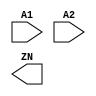
module AND2_X1_HVT(A1, A2, ZN);
  input A1;
  input A2;
  output ZN;
endmodule

module AND2_X2_HVT(A1, A2, ZN);
  input A1;
  input A2;
  output ZN;
endmodule

module AND2_X4_HVT(A1, A2, ZN);
  input A1;
  input A2;
  output ZN;
endmodule

module AND3_X1_HVT(A1, A2, A3, ZN);
  input A1;
  input A2;
  input A3;
  output ZN;
endmodule

module AND3_X2_HVT(A1, A2, A3, ZN);
  input A1;
  input A2;
  input A3;
  output ZN;
endmodule

module AND3_X4_HVT(A1, A2, A3, ZN);
  input A1;
  input A2;
  input A3;
  output ZN;
endmodule

module AND4_X1_HVT(A1, A2, A3, A4,ZN);
  input A1;
  input A2;
  input A3;
  input A4;
  output ZN;
endmodule

module AND4_X2_HVT(A1, A2, A3, A4,ZN);
  input A1;
  input A2;
  input A3;
  input A4;
  output ZN;
endmodule

module AND4_X4_HVT(A1, A2, A3, A4,ZN);
  input A1;
  input A2;
  input A3;
  input A4;
  output ZN;
endmodule

module ANTENNA_X1_HVT(A);
  input A;
endmodule

module AOI211_X1_HVT(A, B, C1, C2,ZN);
  input A;
  input B;
  input C1;
  input C2;
  output ZN;
endmodule

module AOI211_X2_HVT(A, B, C1, C2,ZN);
  input A;
  input B;
  input C1;
  input C2;
  output ZN;
endmodule

module AOI211_X4_HVT(A, B, C1, C2,ZN);
  input A;
  input B;
  input C1;
  input C2;
  output ZN;
endmodule

module AOI21_X1_HVT(A, B1, B2, ZN);
  input A;
  input B1;
  input B2;
  output ZN;
endmodule

module AOI21_X2_HVT(A, B1, B2, ZN);
  input A;
  input B1;
  input B2;
  output ZN;
endmodule

module AOI21_X4_HVT(A, B1, B2, ZN);
  input A;
  input B1;
  input B2;
  output ZN;
endmodule

module AOI221_X1_HVT(A, B1, B2, C1,C2, ZN);
  input A;
  input B1;
  input B2;
  input C1;
  input C2;
  output ZN;
endmodule

module AOI221_X2_HVT(A, B1, B2, C1,C2, ZN);
  input A;
  input B1;
  input B2;
  input C1;
  input C2;
  output ZN;
endmodule

module AOI221_X4_HVT(A, B1, B2, C1,C2, ZN);
  input A;
  input B1;
  input B2;
  input C1;
  input C2;
  output ZN;
endmodule

module AOI222_X1_HVT(A1, A2, B1, B2,C1, C2, ZN);
  input A1;
  input A2;
  input B1;
  input B2;
  input C1;
  input C2;
  output ZN;
endmodule

module AOI222_X2_HVT(A1, A2, B1, B2,C1, C2, ZN);
  input A1;
  input A2;
  input B1;
  input B2;
  input C1;
  input C2;
  output ZN;
endmodule

module AOI222_X4_HVT(A1, A2, B1, B2,C1, C2, ZN);
  input A1;
  input A2;
  input B1;
  input B2;
  input C1;
  input C2;
  output ZN;
endmodule

module AOI22_X1_HVT(A1, A2, B1, B2,ZN);
  input A1;
  input A2;
  input B1;
  input B2;
  output ZN;
endmodule

module AOI22_X2_HVT(A1, A2, B1, B2,ZN);
  input A1;
  input A2;
  input B1;
  input B2;
  output ZN;
endmodule

module AOI22_X4_HVT(A1, A2, B1, B2,ZN);
  input A1;
  input A2;
  input B1;
  input B2;
  output ZN;
endmodule

module BUF_X16_HVT(A, Z);
  input A;
  output Z;
endmodule

module BUF_X1_HVT(A, Z);
  input A;
  output Z;
endmodule

module BUF_X2_HVT(A, Z);
  input A;
  output Z;
endmodule

module BUF_X32_HVT(A, Z);
  input A;
  output Z;
endmodule

module BUF_X4_HVT(A, Z);
  input A;
  output Z;
endmodule

module BUF_X8_HVT(A, Z);
  input A;
  output Z;
endmodule

module CLKBUF_X1_HVT(A, Z);
  input A;
  output Z;
endmodule

module CLKBUF_X2_HVT(A, Z);
  input A;
  output Z;
endmodule

module CLKBUF_X3_HVT(A, Z);
  input A;
  output Z;
endmodule

/* module "CLKGATETST_X1_HVT_$_IQ"(CK, E, SE, IQ);
 *   input CK;
 *   input E;
 *   input SE;
 *   output IQ;
 * endmodule */

module CLKGATETST_X1_HVT(CK, E, GCK, SE);
    input CK;
    input E;
    input SE;
    output GCK;
endmodule

/* module "CLKGATETST_X2_HVT_$_IQ"(CK, E, SE, IQ);
 *   input CK;
 *   input E;
 *   input SE;
 *   output IQ;
 * endmodule */

module CLKGATETST_X2_HVT(CK, E, GCK, SE);
    input CK;
    input E;
    input SE;
    output GCK;
endmodule

/* module "CLKGATETST_X4_HVT_$_IQ"(CK, E, SE, IQ);
 *   input CK;
 *   input E;
 *   input SE;
 *   output IQ;
 * endmodule */

module CLKGATETST_X4_HVT(CK, E, GCK, SE);
    input CK;
    input E;
    input SE;
    output GCK;
endmodule

/* module "CLKGATETST_X8_HVT_$_IQ"(CK, E, SE, IQ);
 *   input CK;
 *   input E;
 *   input SE;
 *   output IQ;
 * endmodule */

module CLKGATETST_X8_HVT(CK, E, GCK, SE);
    input CK;
    input E;
    input SE;
    output GCK;
endmodule

/* module "CLKGATE_X1_HVT_$_IQ"(CK, E, IQ);
 *     input CK;
 *     input E;
 *     output IQ;
 * endmodule */

module CLKGATE_X1_HVT(CK, E, GCK);
  input CK;
  input E;
  output GCK;
endmodule

/* module "CLKGATE_X2_HVT_$_IQ"(CK, E, IQ);
 *     input CK;
 *     input E;
 *     output IQ;
 * endmodule */

module CLKGATE_X2_HVT(CK, E, GCK);
  input CK;
  input E;
  output GCK;
endmodule

/* module "CLKGATE_X4_HVT_$_IQ"(CK, E, IQ);
 *     input CK;
 *     input E;
 *     output IQ;
 * endmodule */

module CLKGATE_X4_HVT(CK, E, GCK);
  input CK;
  input E;
  output GCK;
endmodule

/* module "CLKGATE_X8_HVT_$_IQ"(CK, E, IQ);
 *     input CK;
 *     input E;
 *     output IQ;
 * endmodule */

module CLKGATE_X8_HVT(CK, E, GCK);
  input CK;
  input E;
  output GCK;
endmodule

module DFFRS_X1_HVT(CK, D, Q, QN,RN, SN);
  input CK;
  input D;
  input RN;
  input SN;
  output Q;
  output QN;
endmodule

module DFFRS_X2_HVT(CK, D, Q, QN,RN, SN);
  input CK;
  input D;
  input RN;
  input SN;
  output Q;
  output QN;
endmodule

module DFFR_X1_HVT(CK, D, Q, QN,RN);
  input CK;
  input D;
  input RN;
  output Q;
  output QN;
endmodule

module DFFR_X2_HVT(CK, D, Q, QN,RN);
  input CK;
  input D;
  input RN;
  output Q;
  output QN;
endmodule

module DFFS_X1_HVT(CK, D, Q, QN, SN);
  input CK;
  input D;
  input SN;
  output Q;
  output QN;
endmodule

module DFFS_X2_HVT(CK, D, Q, QN, SN);
  input CK;
  input D;
  input SN;
  output Q;
  output QN;
endmodule

module DFF_X1_HVT(CK, D, Q, QN);
  input CK;
  input D;
  output Q;
  output QN;
endmodule

module DFF_X2_HVT(CK, D, Q, QN);
  input CK;
  input D;
  output Q;
  output QN;
endmodule

module DLH_X1_HVT(D, G, Q);
  input D;
  input G;
  output Q;
endmodule

module DLH_X2_HVT(D, G, Q);
  input D;
  input G;
  output Q;
endmodule

module DLL_X1_HVT(D, GN, Q);
  input D;
  input GN;
  output Q;
endmodule

module DLL_X2_HVT(D, GN, Q);
  input D;
  input GN;
  output Q;
endmodule

module FA_X1_HVT(A, B, CI, CO,S);
  input A;
  input B;
  input CI;
  output CO;
  output S;
endmodule

module FILLCELL_X16_HVT();
endmodule

module FILLCELL_X1_HVT( );
endmodule

module FILLCELL_X2_HVT( );
endmodule

module FILLCELL_X32_HVT( );
endmodule

module FILLCELL_X4_HVT( );
endmodule

module FILLCELL_X8_HVT( );
endmodule

module HA_X1_HVT(A, B, CO, S);
  input A;
  input B;
  output CO;
  output S;
endmodule

module INV_X16_HVT(A, ZN);
  input A;
  output ZN;
endmodule

module INV_X1_HVT(A, ZN);
  input A;
  output ZN;
endmodule

module INV_X2_HVT(A, ZN);
  input A;
  output ZN;
endmodule

module INV_X32_HVT(A, ZN);
  input A;
  output ZN;
endmodule

module INV_X4_HVT(A, ZN);
  input A;
  output ZN;
endmodule

module INV_X8_HVT(A, ZN);
  input A;
  output ZN;
endmodule

module LOGIC0_X1_HVT(Z);
  output Z;
endmodule

module LOGIC1_X1_HVT(Z);
  output Z;
endmodule

module MUX2_X1_HVT(A, B, S, Z);
  input A;
  input B;
  input S;
  output Z;
endmodule

module MUX2_X2_HVT(A, B, S, Z);
  input A;
  input B;
  input S;
  output Z;
endmodule

module NAND2_X1_HVT(A1, A2, ZN);
  input A1;
  input A2;
  output ZN;
endmodule

module NAND2_X2_HVT(A1, A2, ZN);
  input A1;
  input A2;
  output ZN;
endmodule

module NAND2_X4_HVT(A1, A2, ZN);
  input A1;
  input A2;
  output ZN;
endmodule

module NAND3_X1_HVT(A1, A2, A3, ZN);
  input A1;
  input A2;
  input A3;
  output ZN;
endmodule

module NAND3_X2_HVT(A1, A2, A3, ZN);
  input A1;
  input A2;
  input A3;
  output ZN;
endmodule

module NAND3_X4_HVT(A1, A2, A3, ZN);
  input A1;
  input A2;
  input A3;
  output ZN;
endmodule

module NAND4_X1_HVT(A1, A2, A3, A4,ZN);
  input A1;
  input A2;
  input A3;
  input A4;
  output ZN;
endmodule

module NAND4_X2_HVT(A1, A2, A3, A4,ZN);
  input A1;
  input A2;
  input A3;
  input A4;
  output ZN;
endmodule

module NAND4_X4_HVT(A1, A2, A3, A4,ZN);
  input A1;
  input A2;
  input A3;
  input A4;
  output ZN;
endmodule

module NOR2_X1_HVT(A1, A2, ZN);
  input A1;
  input A2;
  output ZN;
endmodule

module NOR2_X2_HVT(A1, A2, ZN);
  input A1;
  input A2;
  output ZN;
endmodule

module NOR2_X4_HVT(A1, A2, ZN);
  input A1;
  input A2;
  output ZN;
endmodule

module NOR3_X1_HVT(A1, A2, A3, ZN);
  input A1;
  input A2;
  input A3;
  output ZN;
endmodule

module NOR3_X2_HVT(A1, A2, A3, ZN);
  input A1;
  input A2;
  input A3;
  output ZN;
endmodule

module NOR3_X4_HVT(A1, A2, A3, ZN);
  input A1;
  input A2;
  input A3;
  output ZN;
endmodule

module NOR4_X1_HVT(A1, A2, A3, A4,ZN);
  input A1;
  input A2;
  input A3;
  input A4;
  output ZN;
endmodule

module NOR4_X2_HVT(A1, A2, A3, A4,ZN);
  input A1;
  input A2;
  input A3;
  input A4;
  output ZN;
endmodule

module NOR4_X4_HVT(A1, A2, A3, A4, ZN);
  input A1;
  input A2;
  input A3;
  input A4;
  output ZN;
endmodule

module OAI211_X1_HVT(A, B, C1, C2, ZN);
  input A;
  input B;
  input C1;
  input C2;
  output ZN;
endmodule

module OAI211_X2_HVT(A, B, C1, C2, ZN);
  input A;
  input B;
  input C1;
  input C2;
  output ZN;
endmodule

module OAI211_X4_HVT(A, B, C1, C2, ZN);
  input A;
  input B;
  input C1;
  input C2;
  output ZN;
endmodule

module OAI21_X1_HVT(A, B1, B2, ZN);
  input A;
  input B1;
  input B2;
  output ZN;
endmodule

module OAI21_X2_HVT(A, B1, B2, ZN);
  input A;
  input B1;
  input B2;
  output ZN;
endmodule

module OAI21_X4_HVT(A, B1, B2, ZN);
  input A;
  input B1;
  input B2;
  output ZN;
endmodule

module OAI221_X1_HVT(A, B1, B2, C1,C2, ZN);
  input A;
  input B1;
  input B2;
  input C1;
  input C2;
  output ZN;
endmodule

module OAI221_X2_HVT(A, B1, B2, C1,C2, ZN);
  input A;
  input B1;
  input B2;
  input C1;
  input C2;
  output ZN;
endmodule

module OAI221_X4_HVT(A, B1, B2, C1,C2, ZN);
  input A;
  input B1;
  input B2;
  input C1;
  input C2;
  output ZN;
endmodule

module OAI222_X1_HVT(A1, A2, B1, B2,C1, C2, ZN);
  input A1;
  input A2;
  input B1;
  input B2;
  input C1;
  input C2;
  output ZN;
endmodule

module OAI222_X2_HVT(A1, A2, B1, B2,C1, C2, ZN);
  input A1;
  input A2;
  input B1;
  input B2;
  input C1;
  input C2;
  output ZN;
endmodule

module OAI222_X4_HVT(A1, A2, B1, B2,C1, C2, ZN);
  input A1;
  input A2;
  input B1;
  input B2;
  input C1;
  input C2;
  output ZN;
endmodule

module OAI22_X1_HVT(A1, A2, B1, B2,ZN);
  input A1;
  input A2;
  input B1;
  input B2;
  output ZN;
endmodule

module OAI22_X2_HVT(A1, A2, B1, B2,ZN);
  input A1;
  input A2;
  input B1;
  input B2;
  output ZN;
endmodule

module OAI22_X4_HVT(A1, A2, B1, B2,ZN);
  input A1;
  input A2;
  input B1;
  input B2;
  output ZN;
endmodule

module OAI33_X1_HVT(A1, A2, A3, B1,B2, B3, ZN);
  input A1;
  input A2;
  input A3;
  input B1;
  input B2;
  input B3;
  output ZN;
endmodule

module OR2_X1_HVT(A1, A2, ZN);
  input A1;
  input A2;
  output ZN;
endmodule

module OR2_X2_HVT(A1, A2, ZN);
  input A1;
  input A2;
  output ZN;
endmodule

module OR2_X4_HVT(A1, A2, ZN);
  input A1;
  input A2;
  output ZN;
endmodule

module OR3_X1_HVT(A1, A2, A3, ZN);
  input A1;
  input A2;
  input A3;
  output ZN;
endmodule

module OR3_X2_HVT(A1, A2, A3, ZN);
  input A1;
  input A2;
  input A3;
  output ZN;
endmodule

module OR3_X4_HVT(A1, A2, A3, ZN);
  input A1;
  input A2;
  input A3;
  output ZN;
endmodule

module OR4_X1_HVT(A1, A2, A3, A4, ZN);
  input A1;
  input A2;
  input A3;
  input A4;
  output ZN;
endmodule

module OR4_X2_HVT(A1, A2, A3, A4, ZN);
  input A1;
  input A2;
  input A3;
  input A4;
  output ZN;
endmodule

module OR4_X4_HVT(A1, A2, A3, A4, ZN);
  input A1;
  input A2;
  input A3;
  input A4;
  output ZN;
endmodule

module SDFFRS_X1_HVT(CK, D, Q, QN,RN, SE, SI, SN);
  input CK;
  input D;
  input RN;
  input SE;
  input SI;
  input SN;
  output Q;
  output QN;
endmodule

module SDFFRS_X2_HVT(CK, D, Q, QN,RN, SE, SI, SN);
  input CK;
  input D;
  input RN;
  input SE;
  input SI;
  input SN;
  output Q;
  output QN;
endmodule

module SDFFR_X1_HVT(CK, D, Q, QN,RN, SE, SI);
  input CK;
  input D;
  input RN;
  input SE;
  input SI;
  output Q;
  output QN;
endmodule

module SDFFR_X2_HVT(CK, D, Q, QN,RN, SE, SI);
  input CK;
  input D;
  input RN;
  input SE;
  input SI;
  output Q;
  output QN;
endmodule

module SDFFS_X1_HVT(CK, D, Q, QN, SE, SI, SN);
  input CK;
  input D;
  input SE;
  input SI;
  input SN;
  output Q;
  output QN;
endmodule

module SDFFS_X2_HVT(CK, D, Q, QN, SE, SI, SN);
  input CK;
  input D;
  input SE;
  input SI;
  input SN;
  output Q;
  output QN;
endmodule

module SDFF_X1_HVT(CK, D, Q, QN,SE, SI);
  input CK;
  input D;
  input SE;
  input SI;
  output Q;
  output QN;
endmodule

module SDFF_X2_HVT(CK, D, Q, QN,SE, SI);
  input CK;
  input D;
  input SE;
  input SI;
  output Q;
  output QN;
endmodule

module TBUF_X16_HVT(A, EN, Z);
  input A;
  input EN;
  output Z;
endmodule

module TBUF_X1_HVT(A, EN, Z);
  input A;
  input EN;
  output Z;
endmodule

module TBUF_X2_HVT(A, EN, Z);
  input A;
  input EN;
  output Z;
endmodule

module TBUF_X4_HVT(A, EN, Z);
  input A;
  input EN;
  output Z;
endmodule

module TBUF_X8_HVT(A, EN, Z);
  input A;
  input EN;
  output Z;
endmodule

module TINV_X1_HVT(EN, I, ZN);
  input EN;
  input I;
  output ZN;
endmodule

module TLAT_X1_HVT(D, G, OE, Q);
  input D;
  input G;
  input OE;
  output Q;
endmodule

module XNOR2_X1_HVT(A, B, ZN);
  input A;
  input B;
  output ZN;
endmodule

module XNOR2_X2_HVT(A, B, ZN);
  input A;
  input B;
  output ZN;
endmodule

module XOR2_X1_HVT(A, B, Z);
  input A;
  input B;
  output Z;
endmodule

module XOR2_X2_HVT(A, B, Z);
  input A;
  input B;
  output Z;
endmodule